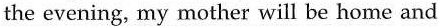
the evening, my mother will be home and